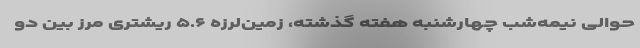
حوالی نیمه‌شب چهارشنبه هفته گذشته، زمین‌لرزه‌ ۵.۶ ریشتری مرز بین دو